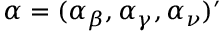
\alpha = ( \alpha _ { \beta } , \alpha _ { \gamma } , \alpha _ { \nu } ) ^ { \prime }